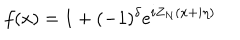
f ( x ) = 1 + ( - 1 ) ^ { \delta } e ^ { i Z _ { N } ( x + i \eta ) }